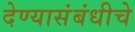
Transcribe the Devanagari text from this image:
देण्यासंबंधीचे